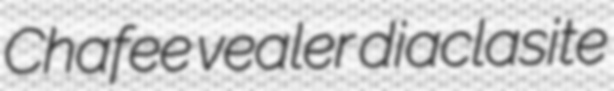
Chafee vealer diaclasite